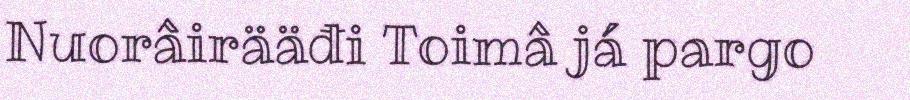
Nuorâirääđi Toimâ já pargo